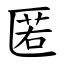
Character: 匿